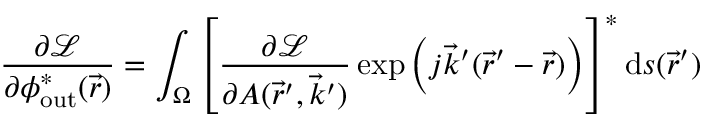
\frac { \partial \mathcal { L } } { \partial \phi _ { \mathrm { o u t } } ^ { * } ( \vec { r } ) } = \int _ { \Omega } \left[ \frac { \partial \mathcal { L } } { \partial A ( \vec { r } ^ { \prime } , \vec { k } ^ { \prime } ) } \exp { \left( j \vec { k } ^ { \prime } ( \vec { r } ^ { \prime } - \vec { r } ) \right) } \right] ^ { * } \mathrm { d } s ( \vec { r } ^ { \prime } )